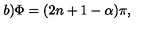
b ) \Phi = ( 2 n + 1 - \alpha ) \pi ,